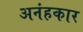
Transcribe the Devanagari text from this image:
अनंहकार